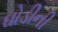
ઘોડીની